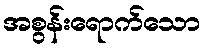
အစွန်းရောက်သော